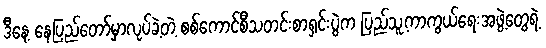
ဒီနေ့ နေပြည်တော်မှာလုပ်ခဲ့တဲ့ စစ်ကောင်စီသတင်းစာရှင်းပွဲက ပြည်သူ့ကာကွယ်ရေးအဖွဲ့တွေရဲ့